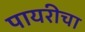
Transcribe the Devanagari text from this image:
पायरीचा